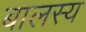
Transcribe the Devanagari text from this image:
बालस्य